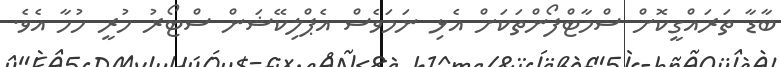
ބާޑާ ތަރައްގީކޮށް ސްމާޓްފޯންތަކަށް އެޅި ނަމަވެސް އެޕްލިކޭޝަން ސްޓޯރު ހުރީ ހުހާ އެވެ.